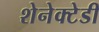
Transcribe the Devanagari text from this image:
शेनेक्टेडी